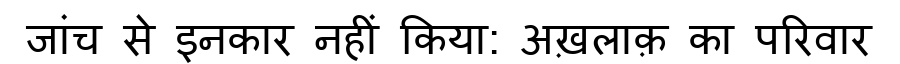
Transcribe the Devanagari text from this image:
जांच से इनकार नहीं किया: अख़लाक़ का परिवार